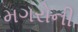
મગરોની